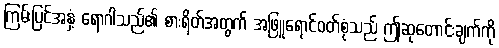
ကြမ်းပြင်အနှံ့ ရောဂါသည်၏ စားရိတ်အတွက် အဖြူရောင်ဝတ်စုံသည် ဤဆုတောင်းချက်ကို